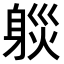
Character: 𨉒